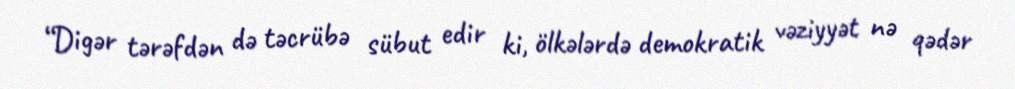
“Digər tərəfdən də təcrübə sübut edir ki, ölkələrdə demokratik vəziyyət nə qədər